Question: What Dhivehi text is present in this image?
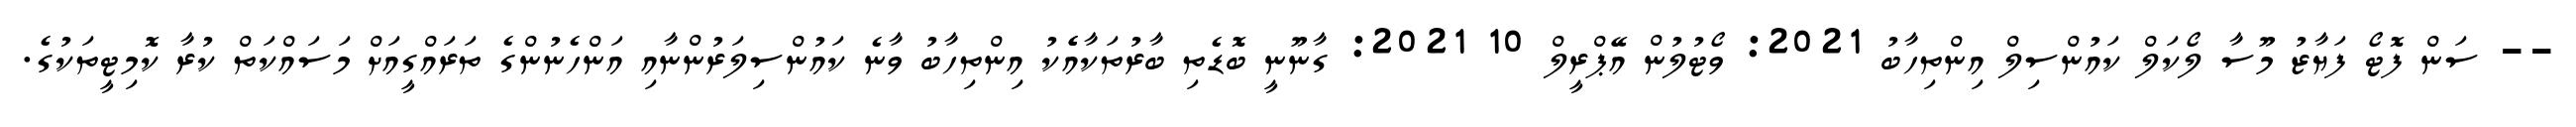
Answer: -- ސަން ފޮޓޯ ފަޔާޒު މޫސާ ލޯކަލް ކައުންސިލް އިންތިހާބު 2021: ވޯޓުލުން އޭޕްރީލް 10 2021: ގާނޫނީ ބޮޑެތި ބާރުތަކާއެެކު އިންތިހާބު ވާނެ ކައުންސިލަރުންނާއި އަންހެނުންގެ ތަރައްގީއަށް މަސައްކަތް ކުރާ ކޮމިޓީތަކުގެ.